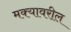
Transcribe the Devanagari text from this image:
मक्यावरील